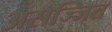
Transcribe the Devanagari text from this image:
असज्जित